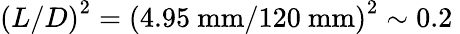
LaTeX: {(L/D)}^{2}={(4.95~\mathrm{mm}/120~\mathrm{mm})}^{2}\sim 0.2\